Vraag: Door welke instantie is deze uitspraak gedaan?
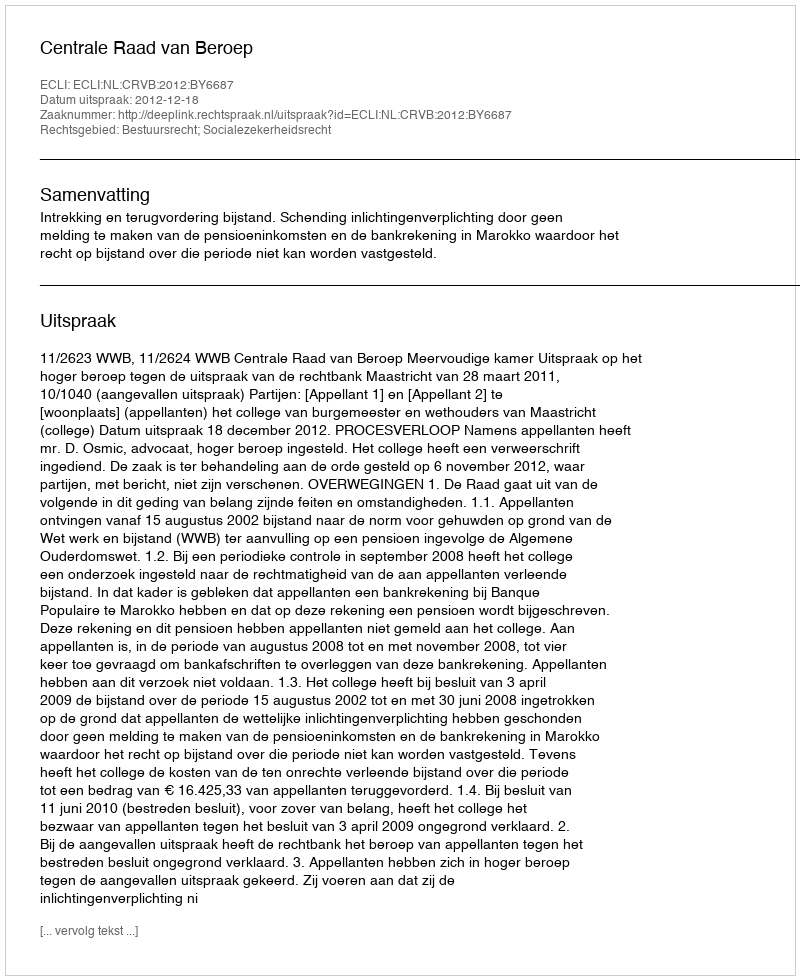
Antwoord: Centrale Raad van Beroep